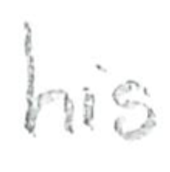
Text: his
Cross-out: clean
Writing tool: pencil